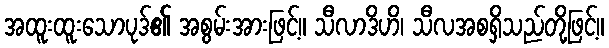
အထူးထူးသောပုဒ်၏ အစွမ်းအားဖြင့်။ သီလာဒိဟိ၊ သီလအစရှိသည်တို့ဖြင့်။